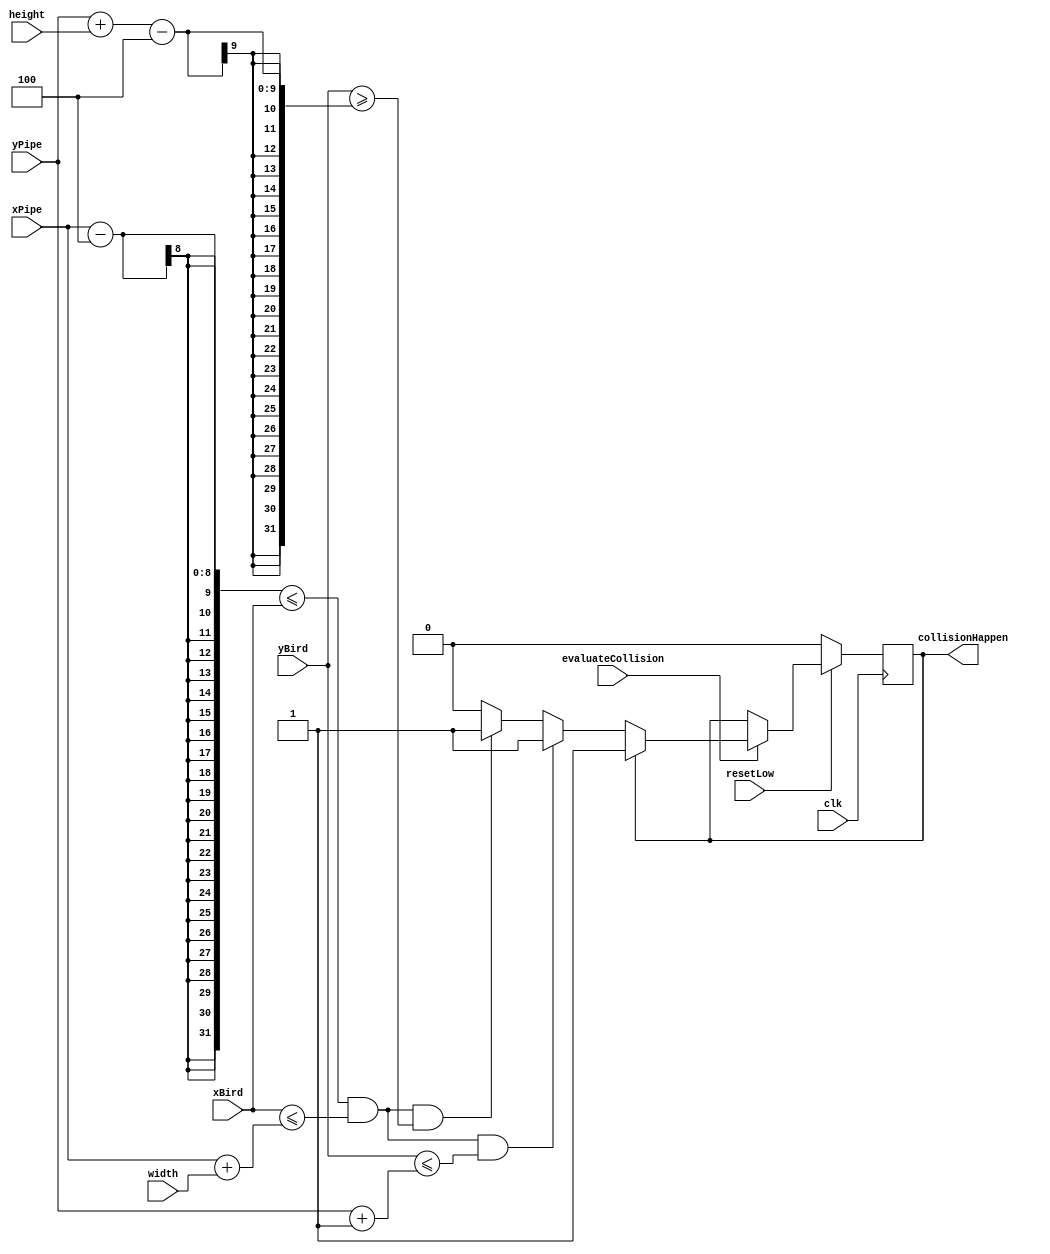
module collisionPipe(evaluateCollision, xBird, yBird, xPipe, yPipe, resetLow, clk, height, width, collisionHappen);
	input evaluateCollision;
	input [7:0] xBird;
	input [6:0] yBird;
	
	input [7:0] xPipe;
	input [6:0] yPipe;
	input resetLow;
	input [7:0] height;
	input [4:0] width;
	input clk;
	output reg collisionHappen;
	/*initial collisionHappen = 1'b0;*/
	
	always@(posedge clk)
	if (!resetLow)
		collisionHappen <= 1'b0;
	else
	begin
		if (evaluateCollision)
		begin
			if (collisionHappen == 0) //make sure no collision
			begin
				if (xPipe - 4 <= xBird && xBird <= xPipe + width && yBird <= yPipe + 1)
					collisionHappen <= 1'b1;
				else if (xPipe - 4 <= xBird && xBird <= xPipe + width && yBird >= yPipe + height - 4)
					collisionHappen <= 1'b1;
				else
					collisionHappen <= 1'b0; //collision checks passed so collision did not occur
			end
			else
				collisionHappen <= 1'b1;
		end
	end
	
endmodule